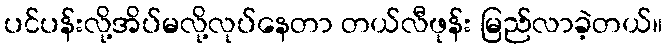
ပင်ပန်းလို့အိပ်မလို့လုပ်နေတာ တယ်လီဖုန်း မြည်လာခဲ့တယ်။